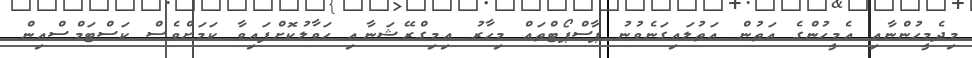
މިދެމީހުންނާއި އެމީހުންގެ އަތުން އަތުލައިގަނެވުނު ޕާސްޕޯޓްތައް މިހާރު އިމިގްރޭޝަނާއި ހަވާލުކޮށްފައިވާ ކަމަށްވެސް ކަސްޓަމްސްއިން